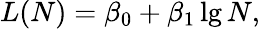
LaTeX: L(N)=\beta_{0}+\beta_{1}\lg N,